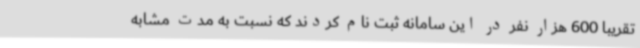
تقریبا 600 هزار نفر در این سامانه ثبت نام کردند که نسبت به مدت مشابه